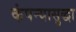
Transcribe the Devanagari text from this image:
कंपन्यासुद्धा